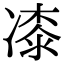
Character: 𭂜